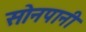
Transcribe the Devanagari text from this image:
सोनपानी